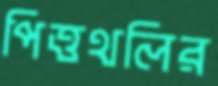
পিত্তথলির